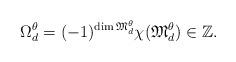
LaTeX: \begin{align*}\Omega^{\theta}_d= (-1)^{\dim \mathfrak{M}^{\theta }_d} \chi(\mathfrak{M}_d^{\theta }) \in \mathbb{Z}.\end{align*}